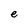
Character: e